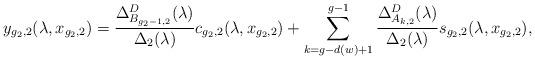
LaTeX: \begin{align*}y_{g_2,2}(\lambda,x_{g_2,2})=\frac{\Delta_{B_{g_2-1,2}}^D(\lambda)}{\Delta_{2}(\lambda)}c_{g_2,2}(\lambda,x_{g_2,2})+\sum\limits_{k=g-d(w)+1}^{g-1}\frac{\Delta_{A_{k,2}}^D(\lambda)}{\Delta_{2}(\lambda)}s_{g_2,2}(\lambda,x_{g_2,2}),\end{align*}